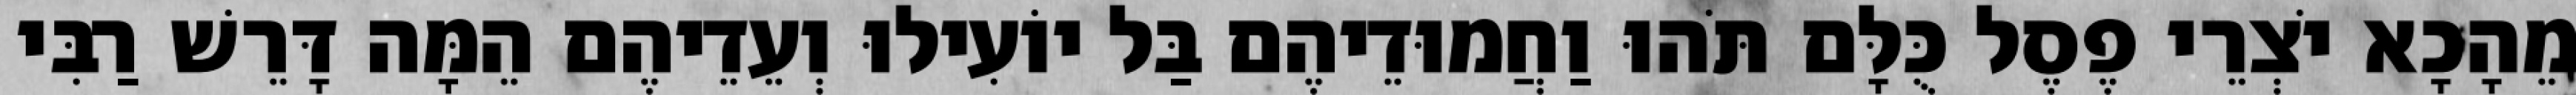
מֵהָכָא יֹצְרֵי פֶסֶל כֻּלָּם תֹּהוּ וַחֲמוּדֵיהֶם בַּל יוֹעִילוּ וְעֵדֵיהֶם הֵמָּה דָּרֵשׁ רַבִּי